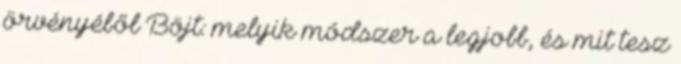
örvényéből Böjt: melyik módszer a legjobb, és mit tesz